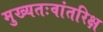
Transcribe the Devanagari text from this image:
मुख्‍यतःवांतरिक्ष